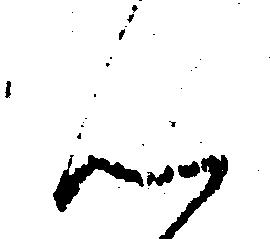
ん